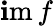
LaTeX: \operatorname{\mathbf{i}m}f